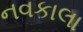
નવકાલા